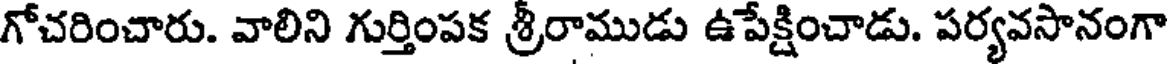
గోచరించారు. వాలిని గుర్తింపక శ్రీరాముడు ఉపేక్షించాడు. పర్యవసానంగా